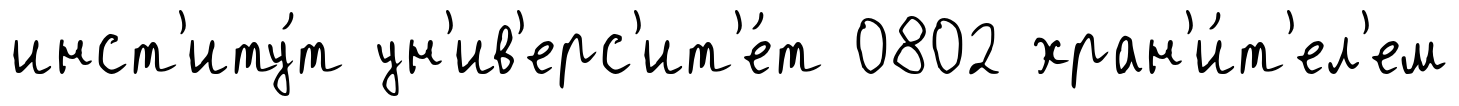
инст'иту́т ун'ив'ерс'ит'е́т 0802 хран'и́т'ел'ем